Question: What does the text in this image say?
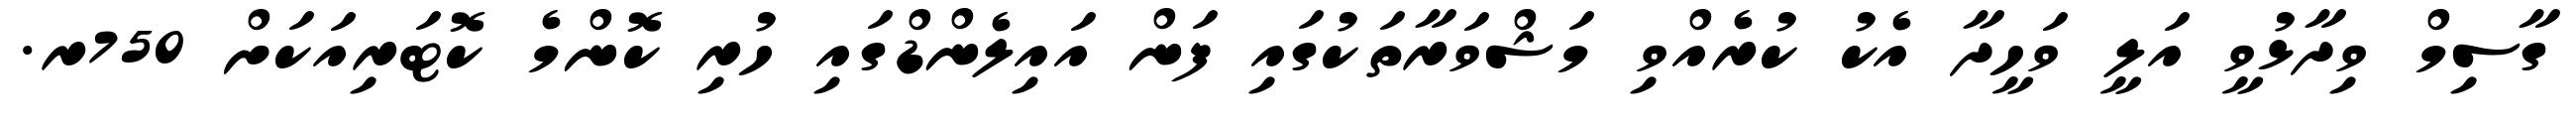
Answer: ގާސިމް ވިދާޅުވީ އަލީ ވަހީދާ އެކު ކުރެއްވި މަޝްވަރާތަކުގައި ފަން އައިލެންޑްގައި ހުރި ކޮންމެ ކޮޓަރިއަކަށް 750ރ.